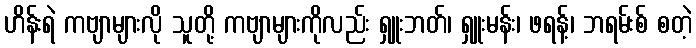
ဟိန်းရဲ ကဗျာများလို သူတို့ ကဗျာများကိုလည်း ရှူးဘတ်၊ ရှူးမန်း၊ ဖရန့်၊ ဘရမ်းစ် စတဲ့